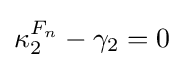
\kappa _{2}^{F_{n}}-\gamma _{2}=0